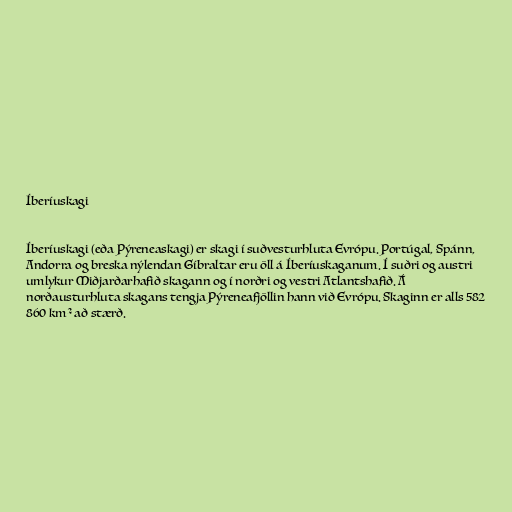
Íberíuskagi

Íberíuskagi (eða Pýreneaskagi) er skagi í suðvesturhluta Evrópu. Portúgal, Spánn,
Andorra og breska nýlendan Gíbraltar eru öll á Íberíuskaganum. Í suðri og austri
umlykur Miðjarðarhafið skagann og í norðri og vestri Atlantshafið. Á
norðausturhluta skagans tengja Pýreneafjöllin hann við Evrópu. Skaginn er alls 582
860 km² að stærð.